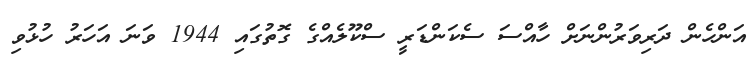
އަންހެން ދަރިވަރުންނަށް ހާއްސަ ސެކަންޑަރީ ސްކޫލެއްގެ ގޮތުގައި 1944 ވަނަ އަހަރު ހުޅުވި